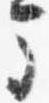
馬